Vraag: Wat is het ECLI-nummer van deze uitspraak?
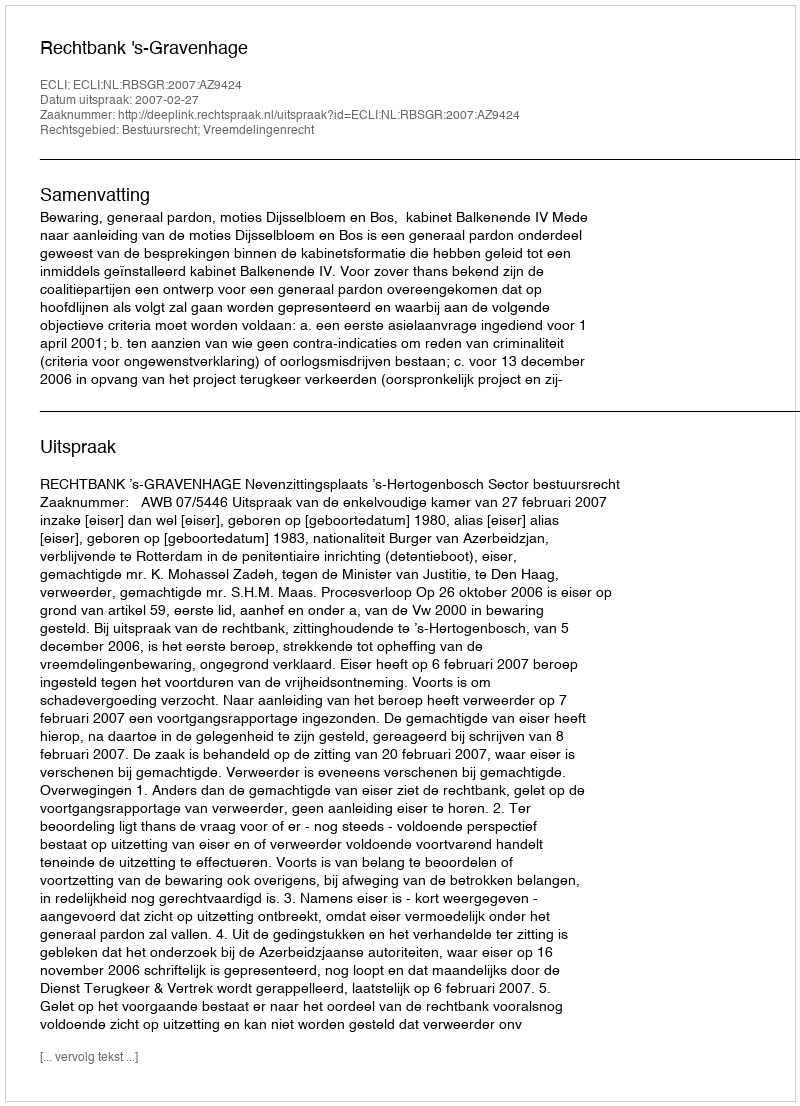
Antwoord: ECLI:NL:RBSGR:2007:AZ9424